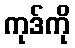
ကုဒ်ကို